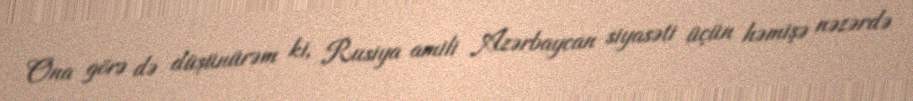
Ona görə də düşünürəm ki, Rusiya amili Azərbaycan siyasəti üçün həmişə nəzərdə